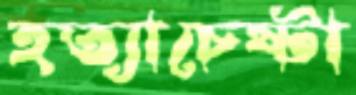
হত্যাচেষ্টা